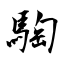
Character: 騊